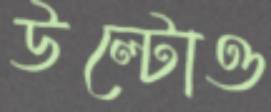
উল্টোও